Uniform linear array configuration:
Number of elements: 4
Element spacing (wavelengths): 0.5
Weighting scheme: binomial
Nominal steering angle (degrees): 60
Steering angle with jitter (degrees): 59.503
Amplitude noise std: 0.05
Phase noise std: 0.05

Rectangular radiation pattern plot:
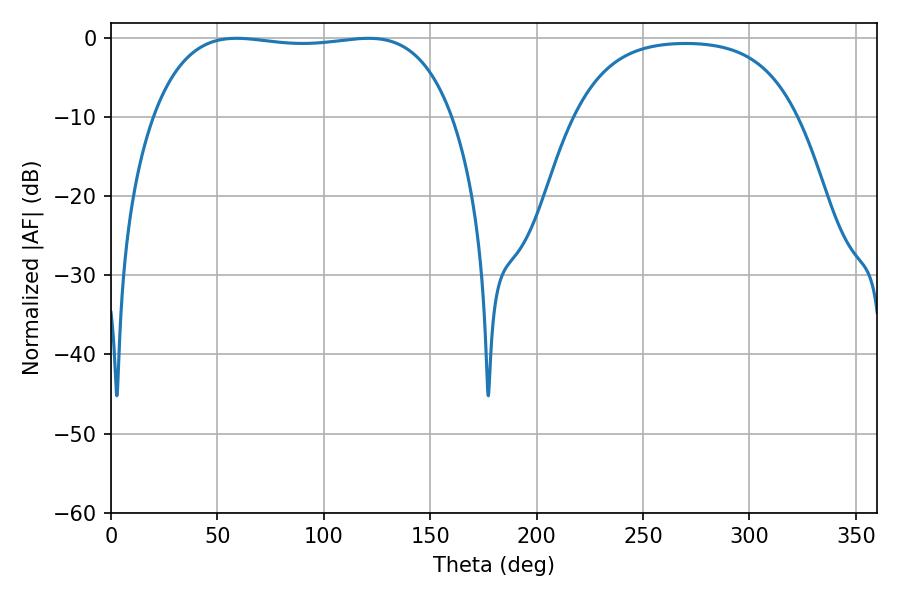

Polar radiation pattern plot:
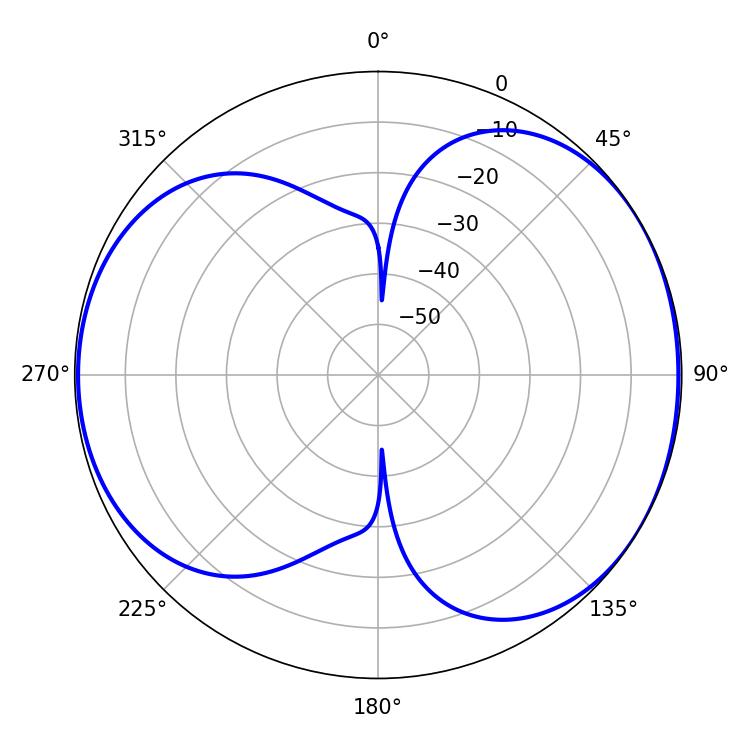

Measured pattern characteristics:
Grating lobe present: FALSE
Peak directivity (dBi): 5.384
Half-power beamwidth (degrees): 111.96
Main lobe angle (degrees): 59.04